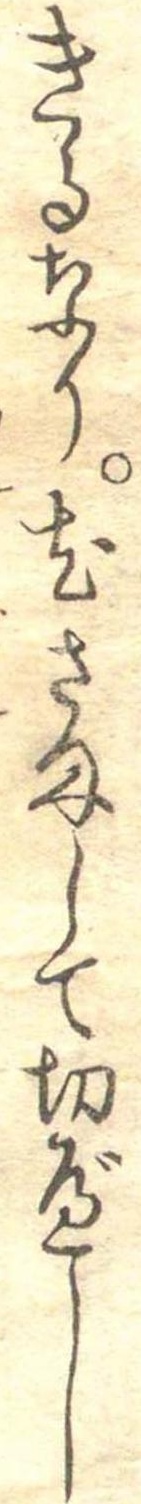
きるなり尤さまして切べし